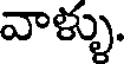
వాళ్ళు.